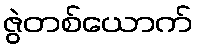
ဇွဲတစ်ယောက်